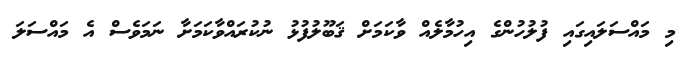
މި މައްސަލައިގައި ފުލުހުންގެ އިހުމާލެއް ވާކަމަށް ޤަބޫލުފުޅު ނުކުރައްވާކަމަށާ ނަމަވެސް އެ މައްސަލަ